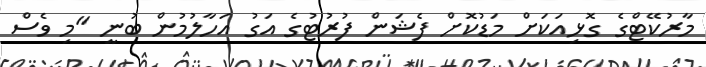
މާރުކޭޓްގެ ގޮޅިއަކަށް މަޑުކޮށް ފެޝަން ފުރުޓުގެ އަގު އަހާލުމުން ބުނީ "މި ވެސް